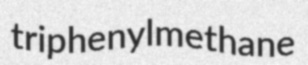
triphenylmethane